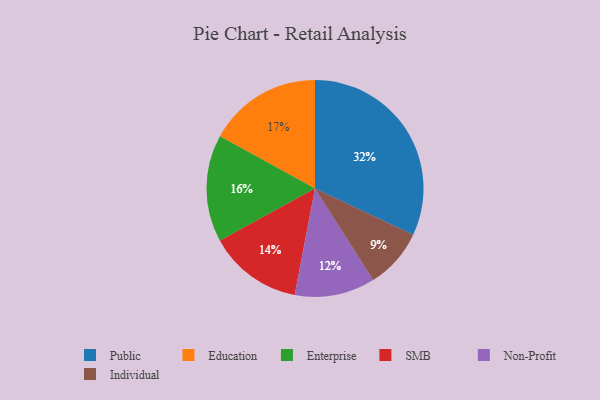
{"axis": {"x": "Category", "y": "Percentage"}, "legend": ["Education", "Enterprise", "Individual", "Non-Profit", "Public", "SMB"], "data": [{"x": "Education", "y": 17, "type": "Education"}, {"x": "Non-Profit", "y": 12, "type": "Non-Profit"}, {"x": "Public", "y": 32, "type": "Public"}, {"x": "Enterprise", "y": 16, "type": "Enterprise"}, {"x": "SMB", "y": 14, "type": "SMB"}, {"x": "Individual", "y": 9, "type": "Individual"}]}